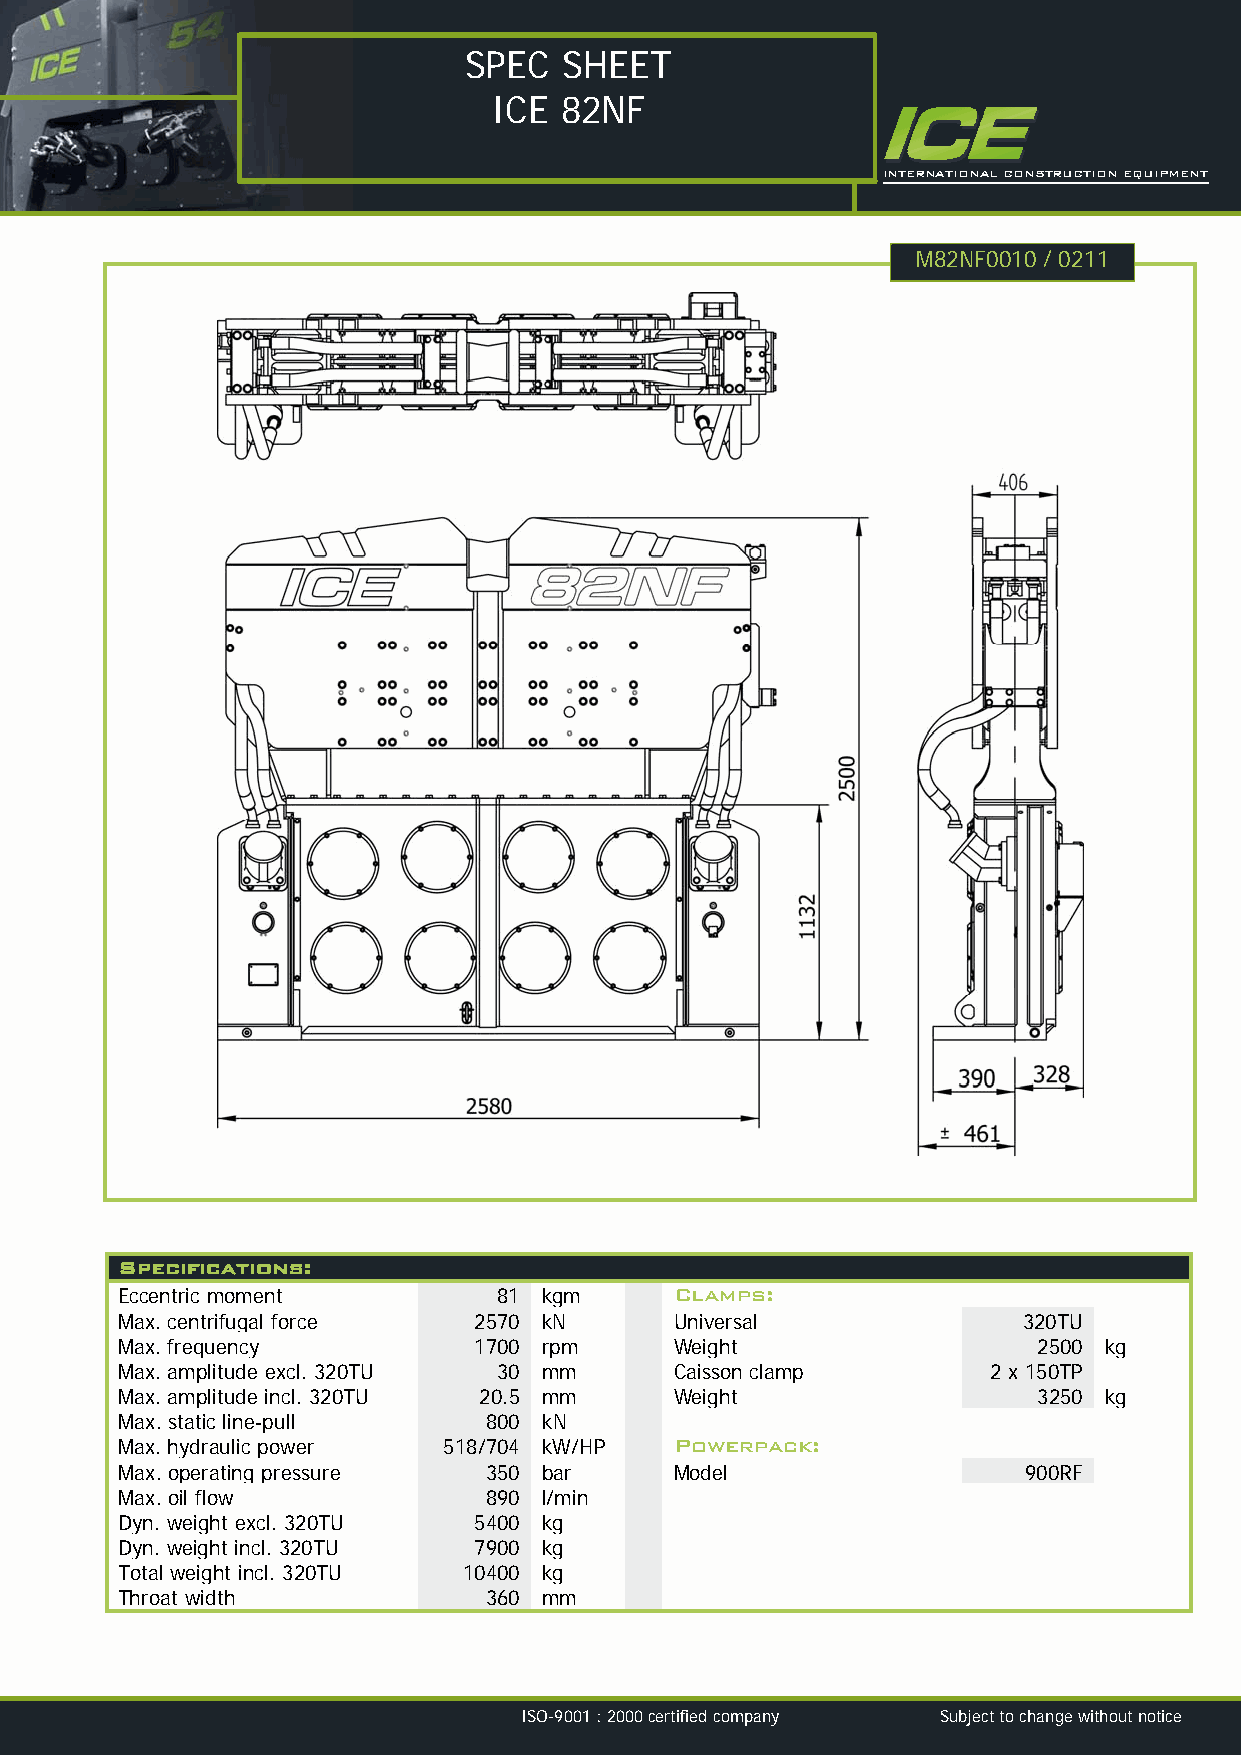
SPEC  SHEET
 ICE  82NF
 INTERNATIONAL CONSTRUCTION EQUIPMENT
 M82NF0010 / 0211
 Specifications:
 Eccentric moment         81 kgm      Clamps:
 Max. centrifugal force 2570 kN       Universal              320TU
 Max. frequency         1700 rpm      Weight                  2500 kg
 Max. amplitude excl. 320TU 30 mm     Caisson clamp        2 x 150TP
 Max. amplitude incl. 320TU 20.5 mm   Weight                  3250 kg
 Max. static line-pull   800 kN
 Max. hydraulic power 518/704 kW/HP   Powerpack:
 Max. operating pressure 350 bar      Model                  900RF
 Max. oil flow           890 l/min
 Dyn. weight excl. 320TU 5400 kg
 Dyn. weight incl. 320TU 7900 kg
 Total weight incl. 320TU 10400 kg
 Throat width            360 mm
 ISO-9001 : 2000 certified company Subject to change without notice